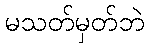
မသတ်မှတ်ဘဲ